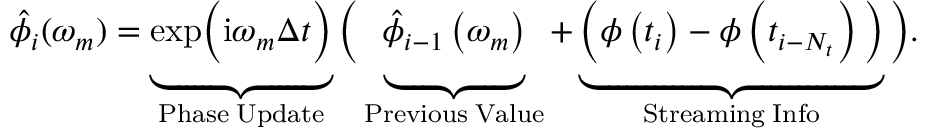
\hat { \phi } _ { i } ( \omega _ { m } ) = \underbrace { \mathrm { e x p } \bigg ( \mathrm { i } \omega _ { m } \Delta t \bigg ) } _ { \mathrm { P h a s e \; U p d a t e } } \bigg ( \underbrace { \vphantom { \mathrm { e x p } \bigg ( \mathrm { i } \omega _ { m } \Delta t \bigg ) } \hat { \phi } _ { i - 1 } \left( \omega _ { m } \right) } _ { \mathrm { P r e v i o u s \; V a l u e } } + \underbrace { \vphantom { \mathrm { e x p } \bigg ( \mathrm { i } \omega _ { m } \Delta t \bigg ) } \Big ( \phi \left( t _ { i } \right) - \phi \left( t _ { i - N _ { t } } \right) \Big ) } _ { \mathrm { S t r e a m i n g \; I n f o } } \bigg ) .